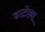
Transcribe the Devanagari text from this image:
डाटोना